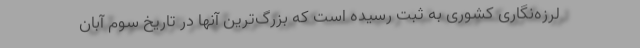
لرزه‌نگاری کشوری به ثبت رسیده است که بزرگ‌ترین آنها در تاریخ سوم آبان